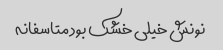
نونش خیلی خشک بود متاسفانه